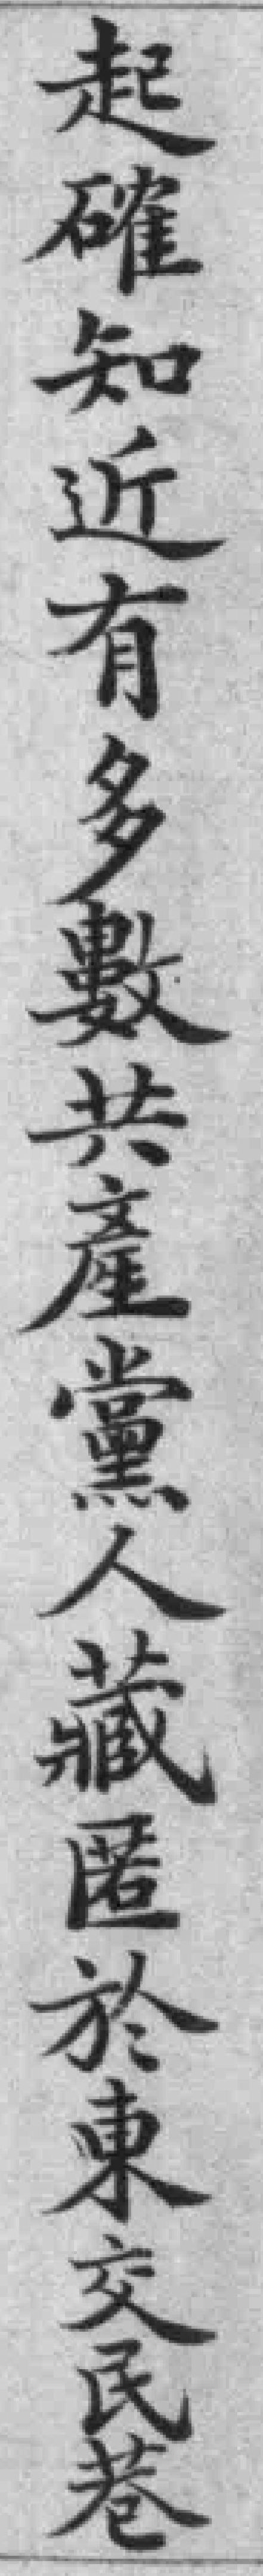
起確知近有多數共產黨人藏匿於東交民巷